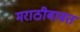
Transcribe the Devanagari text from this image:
मराठीबाबत